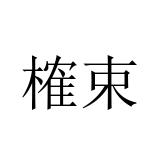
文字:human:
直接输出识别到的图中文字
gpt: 榷束